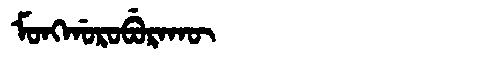
Manchu: ᠮᠣᠩᡤᠣᡵᠣᠪᡠᡵᠠᡴᡡ
Romanization: MONGGOROBURAKŪ